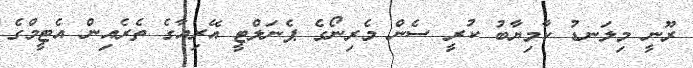
ރޫނީ މިލަނޑު ކާމިޔާބު ކުރީ ސެން މެރިނޯގެ ޕެނަލްޓީ އޭރިއާގެ ތެރެއިން އެޓީމްގެ